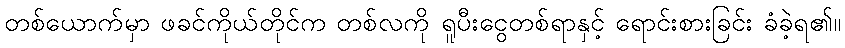
တစ်ယောက်မှာ ဖခင်ကိုယ်တိုင်က တစ်လကို ရူပီးငွေတစ်ရာနှင့် ရောင်းစားခြင်း ခံခဲ့ရ၏။